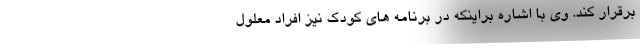
برقرار کند. وی با اشاره براینکه در برنامه های کودک نیز افراد معلول